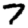
Digit: 7